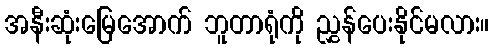
အနီးဆုံးမြေအောက် ဘူတာရုံကို ညွှန်ပေးနိုင်မလား။